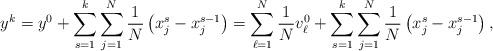
LaTeX: \begin{align*}y^k=y^0 + \sum_{s=1}^k \sum_{j=1}^N \frac{1}{N}\left( x^s_j - x^{s-1}_j\right)=\sum_{\ell=1}^{N} \frac{1}{N}v_\ell^0+\sum_{s=1}^k \sum_{j=1}^N \frac{1}{N}\left( x^s_j - x^{s-1}_j\right),\end{align*}